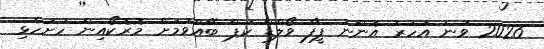
2026 ވަނަ އަހަރު އޮންނަ ފީފާ ވޯލްޑް ކަޕް ބޭއްވުމަށް މޮރޮކޯއިން ހުށަހެޅި